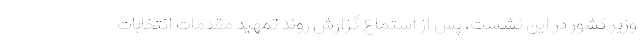
وزیر کشور در این نشست، پس از استماع گزارش روند تمهید مقدمات انتخابات